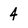
Character: 4